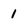
Character: 1